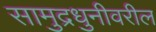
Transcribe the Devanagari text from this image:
सामुद्रधुनीवरील